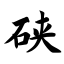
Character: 硖